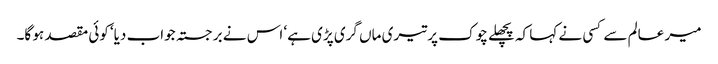
میر عالم سے کسی نے کہا کہ پچھلے چوک پر تیری ماں گری پڑی ہے‘ اس نے برجستہ جواب دیا‘ کوئی مقصد ہو گا۔